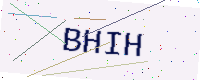
Text: BHIH